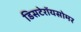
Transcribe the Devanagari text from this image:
डिसटेरॉयसोमर